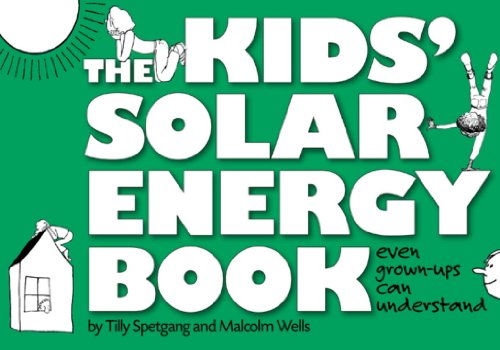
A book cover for The Kids' Solar Energy Book; Tilly Spetgang; Children's Books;